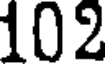
102